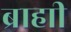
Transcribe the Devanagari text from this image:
ब्राहाी